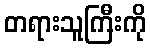
တရားသူကြီးကို